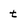
Character: t